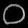
Digit: ၀